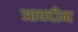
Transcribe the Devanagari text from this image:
आबदीन